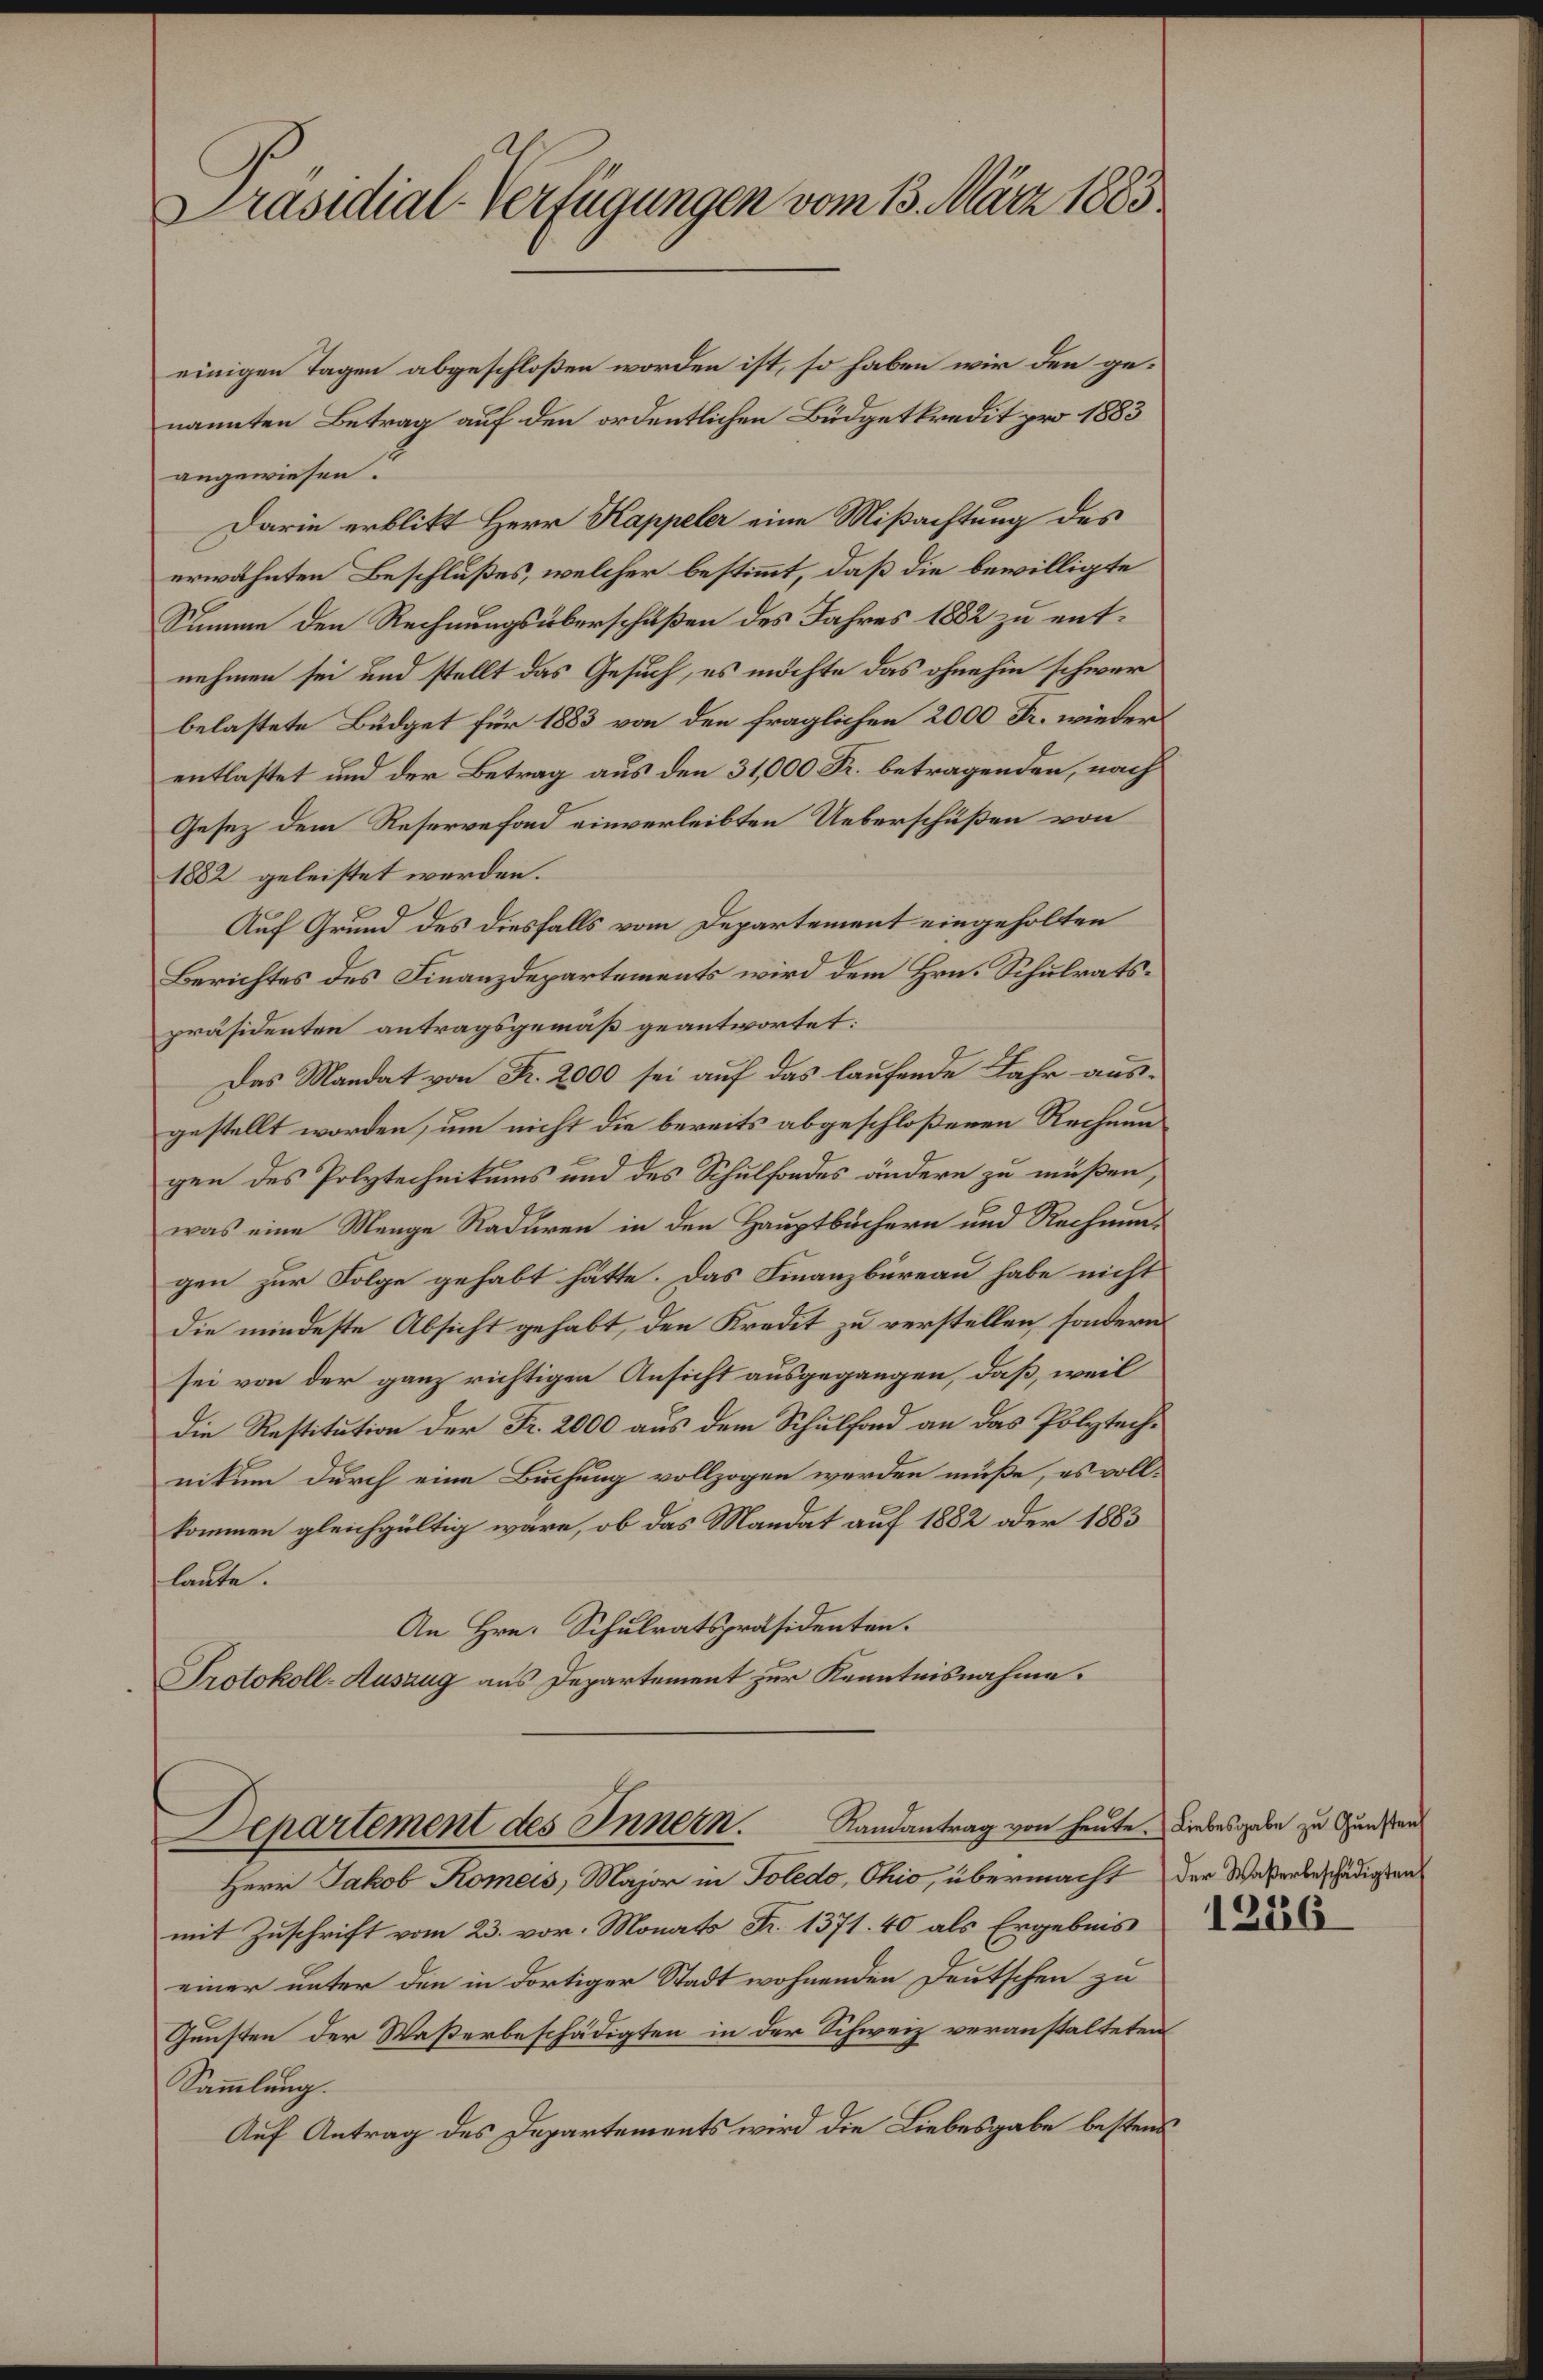
Präsidial-Verfügungen vom 13. März 1883

einigen Tagen abgeschloßen worden ist, so haben wir den genannten Betrag auf den ordentlichen Büdgetkredit pro 1883
angewiesen.
Darin erblitt Herr Kappeler eine Mißachtung des
erwähnten Beschlußes, welcher bestimmt, daß die bewilligte
Summe den Rechnungsüberschüßen des Jahres 1882 zu entnehmen sei und stellt das Gesuch, es möchte das ohnehin schwer
belastete Büdget für 1883 von den fraglichen 2000 Fr. wieders
entlastet und der Betrag aus den 31,000 Fr. betragenden, nach
Gesez dem Reservefond einverleibten Ueberschüßen von
1882 geleistet werden.
Auf Grund des diesfalls vom Departement eingeholten
Berichtes des Finanzdepartements wird dem Hrn. Schulratspräsidenten antragsgemäß geantwortet:
Das Mandat von Fr. 2000 sei auf das laufende Jahr ausgestellt worden, um nicht die bereits abgeschloßenen Rechnungen des Polytechnikums und des Schulfondes ändern zu müßen,
was eine Menge Raduren in den Hauptbüchern und Rechnungen zur Folge gehabt hätte. Das Finanzbüreau habe nicht
die mindeste Absicht gehabt, den Kredit zu verstellen, sondern
sei von der ganz richtigen Ansicht ausgegangen, daß, weil
die Restitution der Fr. 2000 aus dem Schulfond an das Polytechnitum durch eine Buchung vollzogen werden müße, es voll-
kommen gleichgültig wäre, ob das Mandat auf 1882 oder 1883
laute.
An Hrn. Schulratspräsidenten.
Protokoll-Auszug aus Departement zur Kenntnisnahme.

Departement des Innern. Randantrag von heute Liebesgabe zu Gunstan

Herr Jakob Romais, Major in Toledo, Ohio, übermacht der Waßerbeschädigten
mit Zuschrift vom 23. vor. Monats Fr. 1371. 40 als Ergebnis
einer unter den in dortiger Stadt wohnenden Deutschen zu
Gunsten der Waßerbeschädigten in der Schweiz veranstalteten
Sammlung.
Auf Antrag des Departements wird die Liebesgabe bestens